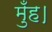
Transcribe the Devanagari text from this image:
मुँह।